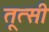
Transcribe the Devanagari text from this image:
तूत्सी